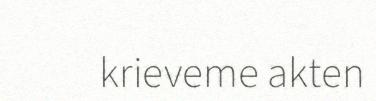
krieveme akten